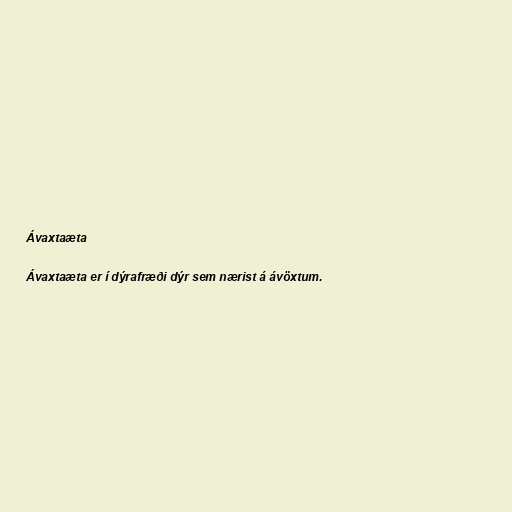
Ávaxtaæta

Ávaxtaæta er í dýrafræði dýr sem nærist á ávöxtum.